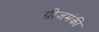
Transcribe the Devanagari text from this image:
ग्रीजमंकी